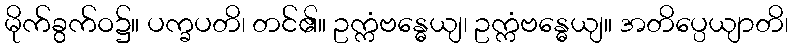
မိုက်ခွက်ဝ၌။ ပက္ခပတိ၊ တင်၏။ ဥက္ကံဗန္ဓေယျ၊ ဥက္ကံဗန္ဓေယျ။ အတိပ္ပေယျာတိ၊